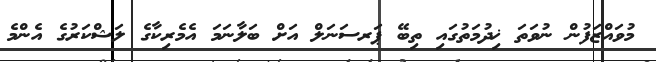
މުވައްޒަފުން ނުވަތަ ޚިދުމަތުގައި ތިބޭ ޕަރސަނަލް އަށް ބަލާނަމަ އެމެރިކާގެ ލަޝްކަރުގެ އެންމެ